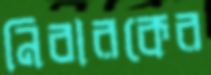
নিবারকের